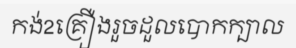
កង់2គ្រឿងរួចដួលបោកក្បាល